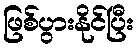
ဖြစ်ပွားနိုင်ပြီး